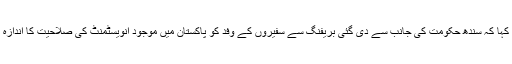
انہو ںنے کہا کہ سندھ حکومت کی جانب سے دی گئی بریفنگ سے سفیروں کے وفد کو پاکستان میں موجود انویسٹمنٹ کی صلاحیت کا اندازہ ہوگیا ہے۔